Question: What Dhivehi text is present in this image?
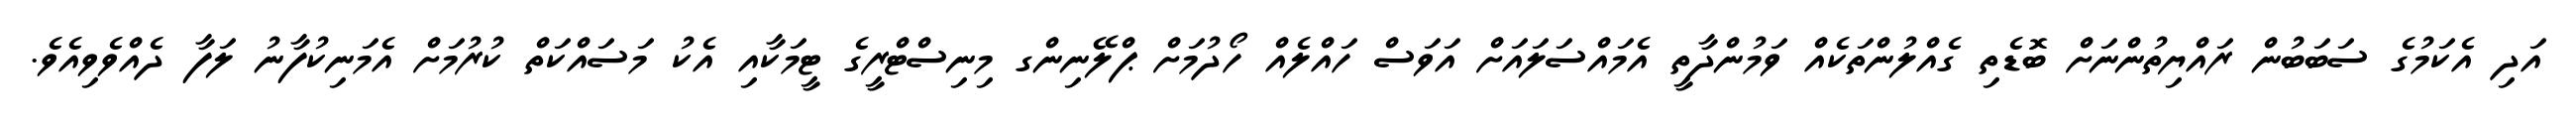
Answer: އަދި އެކަމުގެ ސަބަބުން ރައްޔިތުންނަށް ބޮޑެތި ގެއްލުންތަކެއް ވަމުންދާތީ އެމައްސަލައަށް އަވަސް ހައްލެއް ހޯދުމަށް ޕްލޭނިންގ މިނިސްޓްރީގެ ޓީމަކާއި އެކު މަސައްކަތް ކުރުމަށް އެމަނިކުފާނު ލަފާ ދެއްވެވިއެވެ.